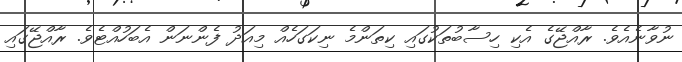
ނުވާނެއެވެ. ރާއްޖޭގެ އެކި ހިސާބުތަކުގައި ކިތަންމެ ނިކަގަހެއް މިއަދު ފެންނަން އެބަހުއްޓެވެ. ރާއްޖޭގައި